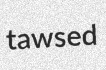
tawsed